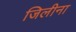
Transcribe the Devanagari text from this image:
जिलीना